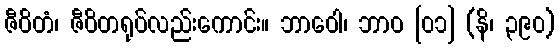
ဇီဝိတံ၊ ဇီဝိတရုပ်လည်းကောင်း။ ဘာဝေါ၊ ဘာဝ [၀၁] (နိ၊ ၃၉၀)